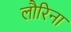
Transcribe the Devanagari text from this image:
लौरिना